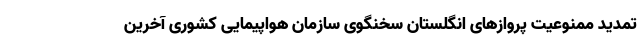
تمدید ممنوعیت پروازهای انگلستان سخنگوی سازمان هواپیمایی کشوری آخرین